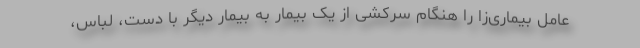
عامل بیماری‌زا را هنگام سرکشی از یک بیمار به بیمار دیگر با دست، لباس،